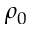
\rho _ { 0 }